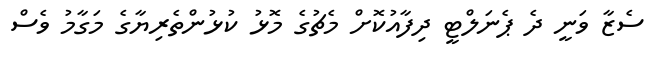
ސެޒާ ވަނީ ދެ ޕެނަލްޓީ ދިފާއުކޮށް މެޗުގެ މޮޅު ކުޅުންތެރިޔާގެ މަގާމު ވެސް